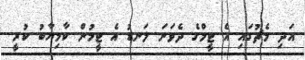
އަދި މެޗުގައި އެ ޓީމްގެ ދެވަނަ ލަނޑު އެ ޓީމުން ކާމިޔާބު ކުރީ